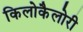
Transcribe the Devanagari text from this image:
किलोकैलोरी